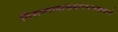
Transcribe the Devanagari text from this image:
निशष्नायाख्यागमत्यख्याने